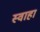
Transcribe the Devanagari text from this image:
स्‍वाहा